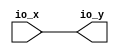
module OptimizationBarrier_117( // @[:freechips.rocketchip.system.DefaultRV32Config.fir@214049.2]
  input  [2:0] io_x, // @[:freechips.rocketchip.system.DefaultRV32Config.fir@214052.4]
  output [2:0] io_y // @[:freechips.rocketchip.system.DefaultRV32Config.fir@214052.4]
);
  assign io_y = io_x; // @[package.scala 236:12:freechips.rocketchip.system.DefaultRV32Config.fir@214057.4]
endmodule